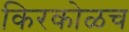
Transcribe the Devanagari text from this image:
किरकोळच